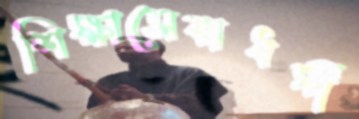
শিক্ষাসেবাধর্মী